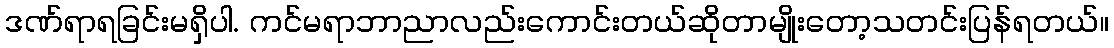
ဒဏ်ရာရခြင်းမရှိပါ. ကင်မရာဘာညာလည်းကောင်းတယ်ဆိုတာမျိုးတော့သတင်းပြန်ရတယ်။